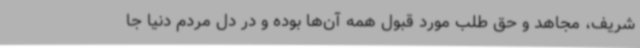
شریف، مجاهد و حق طلب مورد قبول همه آن‌ها بوده و در دل مردم دنیا جا